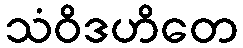
သံဝိဒဟိတေ